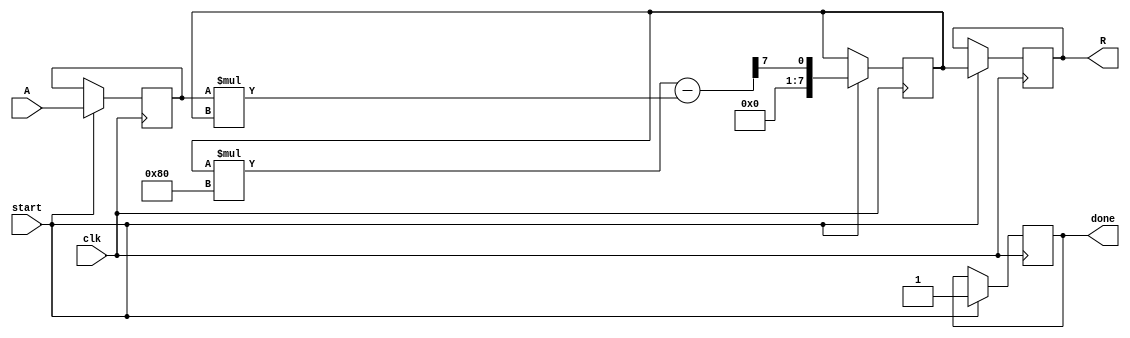
module BitwiseReciprocal #(parameter n = 8) (
    input wire [n-1:0] A,          // n-bit input
    output reg [n-1:0] R,          // n-bit reciprocal output
    input wire clk,                 // Clock signal
    input wire start,               // Start signal for processing
    output reg done                 // Done signal
);

    reg [n-1:0] approx;            // Approximation of reciprocal
    reg [n-1:0] A_inv;              // Temporary for calculations
    integer i;                      // Loop variable

    always @(posedge clk) begin
        if (start) begin
            // Initial setup
            done <= 0;
            approx <= {1'b1, {n-1{1'b0}}}; // Initial guess (1.0 in fixed-point)
            A_inv <= A;

            // Iterate to refine approximation
            for (i = 0; i < 5; i = i + 1) begin
                // R = R * (2 - A * R) -- Newton-Raphson Update
                approx <= approx * ({1'b0, 1'b1} << (n-1)) - (A_inv * approx) >> (n-1);
            end

            // Final output assignment
            R <= approx;

            // Indicate completion
            done <= 1;
        end
    end

    always @(posedge clk) begin
        if (done) begin
            // Additional logic to finalize if needed
        end
    end

endmodule